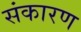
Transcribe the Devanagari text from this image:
संकारण